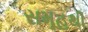
સમૂહથી